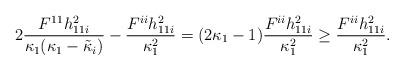
LaTeX: \begin{align*}2\frac{F^{11}h_{11i}^2}{\kappa_1 (\kappa_1-\tilde{\kappa}_i)}-\frac{ F^{ii}h_{11i}^2}{\kappa_1^2}=(2\kappa_1-1) \frac{ F^{ii}h_{11i}^2}{\kappa_1^2}\geq \frac{ F^{ii}h_{11i}^2}{\kappa_1^2}.\end{align*}